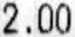
2.00